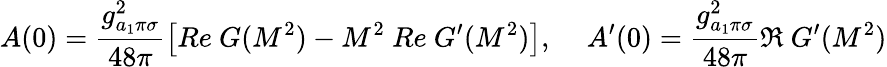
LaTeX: A(0)=\frac{g_{a_{1}\pi\sigma}^{2}}{48\pi}\left[Re\ G(M^{2})-M^{2}\ Re\ G^{\prime}(M^{2})\right],\, \ \ \ \ A^{\prime}(0)=\frac{g_{a_{1}\pi\sigma}^{2}}{48\pi}\Re\ G^{\prime}(M^{2})